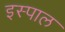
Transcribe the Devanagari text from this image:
इस्पाल